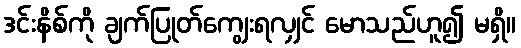
ဒင်းနိစ်ကို ချက်ပြုတ်ကျွေးရလျှင် မောသည်ဟူ၍ မရှိ။